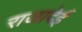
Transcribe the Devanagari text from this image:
राजादेई